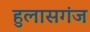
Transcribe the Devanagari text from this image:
हुलासगंज